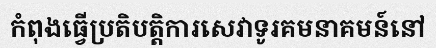
កំពុងធ្វើប្រតិបត្តិការសេវាទូរគមនាគមន៍នៅ